Punjab Mental Hospital Lahore 1922-31 - 1922-1931
Year: 1922
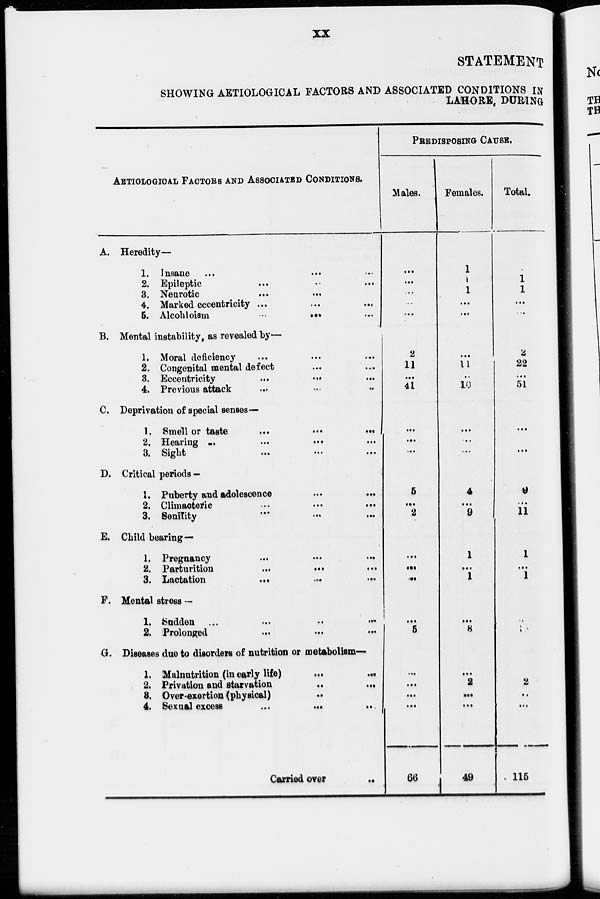
xx
STATEMENT
SHOWING AETIOLOGICAL FACTORS AND ASSOCIATED CONDITIONS IN
LAHORE, DURING
AETIOLOGIOAL FACTORS AND Associated CONDITIONS.
A.
B.
C.
D.
E.
F.
G.
Heredity—
1.
2.
3.
4.
5.
Insane … … …
Epileptic … … …
Neurotic … … …
Marked eccentricity
…
…
…
Alcohloism
…
…
…
Mental instability, as revealed by—
1.
2.
3.
4.
Moral deficiency … … …
Congenital mental defect
...
...
Eccentricity
...
...
...
Previous attack ... ... ...
Deprivation of special senses—
1.
2.
3.
Smell or taste
...
...
...
Hearing
...
...
...
...
Sight
...
...
...
Critical periods —
1.
2.
3.
Puberty and adolescence
...
...
Climacteric
...
...
...
Senility .... .... ....
Child bearing—
1.
2.
3.
Pregnancy
...
...
...
Parturition
...
...
...
Lactation
...
...
...
Mental stress —
1.
2.
Sudden ...
...
..
...
Prolonged
...
...
...
Diseases due to disorders of nutrition or metabolism—
1.
2.
3.
4.
Malnutrition (in early life)
...
...
Privation and starvation
...
...
Over-exertion (physical) ...
Sexual excess ... ... ...
Carried over ...
PREDISPOSING CAUSE.
Males.
...
...
...
...
...
2
11
...
41
...
...
...
5
...
2
...
...
...
...
5
...
...
...
...
66
Females.
1
1
1
...
...
...
11
...
10
...
...
...
4
...
9
1
...
1
...
8
...
2
...
...
49
Total.
...
1
1
...
...
2
22
...
51
...
...
9
...
11
1
...
1
13
2
...
...
115